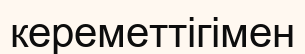
кереметтігімен